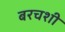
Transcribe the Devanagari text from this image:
बरचशी